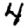
Digit: 4